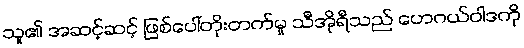
သူ၏ အဆင့်ဆင့် ဖြစ်ပေါ်တိုးတက်မှု သီအိုရီသည် ဟေဂယ်ဝါဒကို